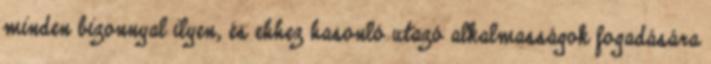
minden bizonnyal ilyen, és ehhez hasonló utazó alkalmasságok fogadására